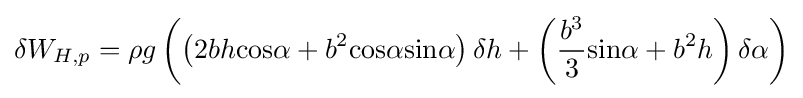
\delta W_{H,p}=\rho g\left(\left(2bh{\text{cos}}\alpha +b^{2}{\text{cos}}\alpha {\text{sin}}\alpha \right)\delta h+\left({\frac {b^{3}}{3}}{\text{sin}}\alpha +b^{2}h\right)\delta \alpha \right)